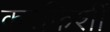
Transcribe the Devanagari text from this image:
करफिशीं